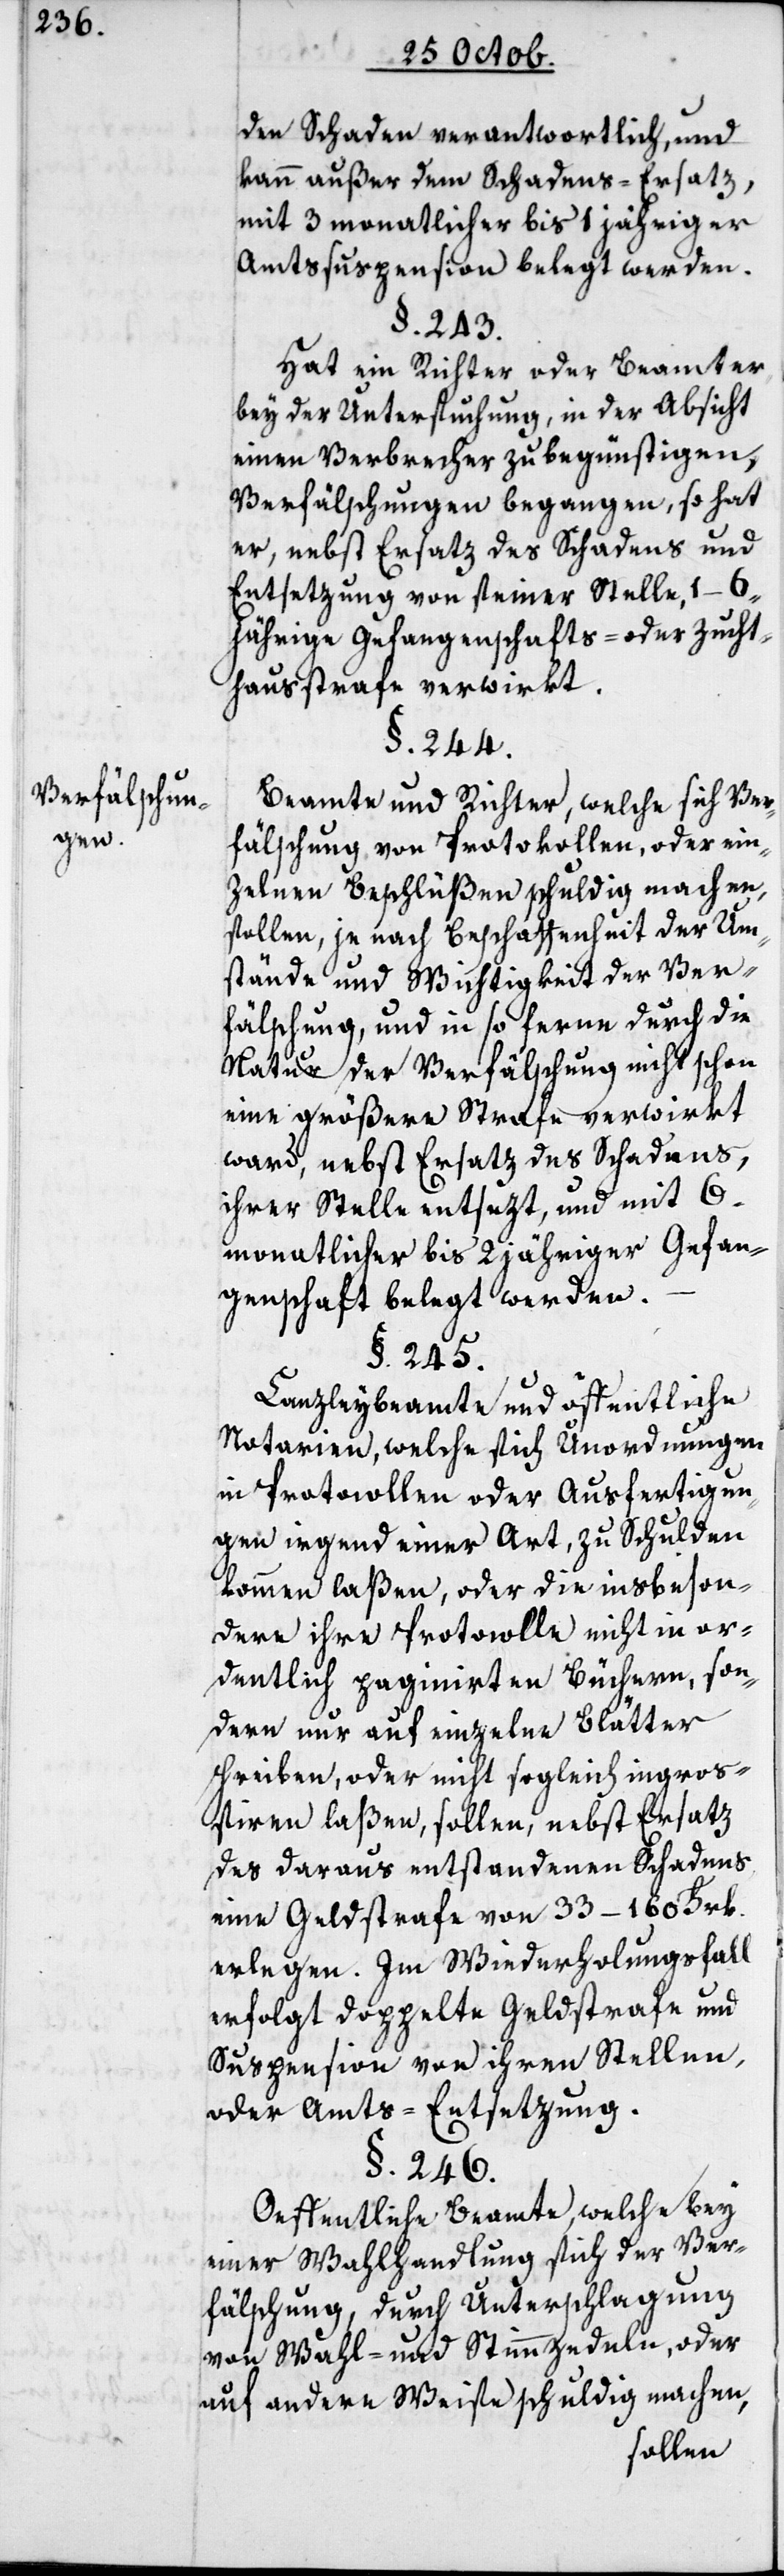
Verfälschun¬
gen.

den Schaden verantwortlich, und
kann außer dem Schadens-Ersatz,
mit 3 monatlicher bis zu 1 jähriger
Amtssuspension belegt werden.
§. 243.
Hat ein Richter oder Beamter
bey der Untersuchung, in der Absicht
einen Verbrecher zu begünstigen,
Verfälschungen begangen, so hat
er, nebst Ersatz des Schadens und
Entsetzung von seiner Stelle, 1–6j¬
ährige Gefangenschafts- oder Zucht¬
hausstrafe verwirkt.
§. 244.
Beamte und Richter, welche sich Ver¬
fälschung von Protokollen, oder ein¬
zelnen Beschlüßen schuldig machen,
sollen, je nach Beschaffenheit der Um¬
stände und Wichtigkeit der Ver¬
fälschung und in so ferne durch die
Natur der Verfälschung nicht schon
eine größere Strafe verwirkt
ward, nebst Ersatz des Schadens,
ihrer Stelle entsezt und mit 6
monatlicher bis 2 jähriger Gefan¬
genschaft belegt werden.
§. 245.
Canzleybeamte und öffentliche
Notarien, welche sich Unordnungen
in Protocollen oder Ausfertigun¬
gen irgend einer Art, zu Schulden
kommen laßen, oder die insbeson¬
dere ihre Protocolle nicht in or¬
dentlich paginirten Büchern, son¬
dern nur auf einzelne Blätter
schreiben, oder nicht sogleich ingroß¬
ieren laßen, sollen, nebst Ersatz
des daraus entstandenen Schadens
eine Geldstrafe von 33–160 Frk
erlegen. Im Wiederholungsfall
erfolgt doppelte Geldstrafe und
Suspension von ihren Stellen,
oder Amts-Entsetzung.
§. 246.
Oeffentliche Beamte, welche bey
einer Wahlhandlung sich der Ver¬
fälschung, durch Unterschlagung
von Wahl- und Stimmzedeln, oder
auf andere Weise schuldig machen,